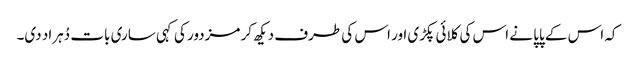
کہ اس کے پاپا نے اس کی کلائی پکڑی اور اس کی طرف دیکھ کر مزدور کی کہی ساری بات دُہراد دی۔